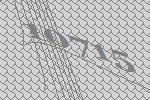
10715